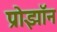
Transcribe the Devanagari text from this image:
प्रोझॉन